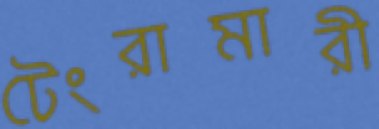
টেংরামারী